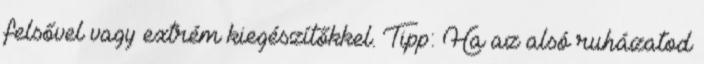
felsővel vagy extrém kiegészítőkkel. Tipp: Ha az alsó ruházatod